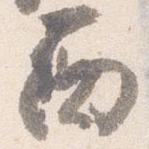
西